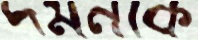
দমনকে